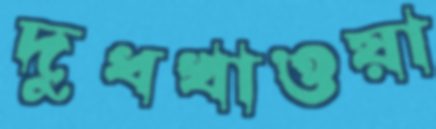
দুধখাওয়া